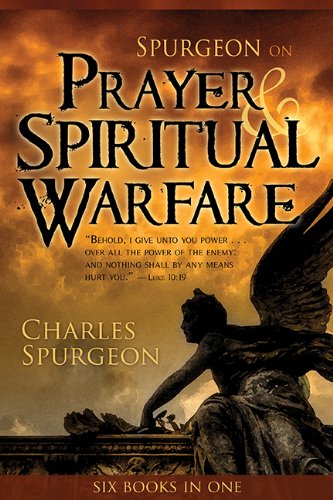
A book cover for Spurgeon on Prayer & Spiritual Warfare; SPURGEON C H; Religion & Spirituality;